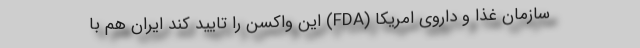
سازمان غذا و داروی امریکا (FDA) این واکسن را تایید کند ایران هم با